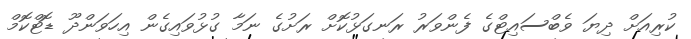
ކުރިއަށް ދިޔަ ވެބްސައިޓްގެ ފެންވަރު ރަނގަޅުކޮށް ރަށުގެ ނަމާ ގުޅުވައިގެން އިހަވަންދޫ ޑޮޓްކޮމް